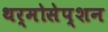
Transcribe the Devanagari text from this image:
थर्मोसेप्शन